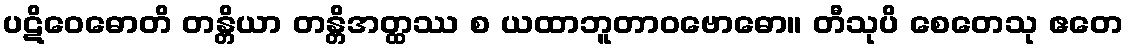
ပဋိဝေဓောတိ တန္တိယာ တန္တိအတ္ထဿ စ ယထာဘူတာဝဗောဓော။ တီသုပိ စေတေသု ဧတေ